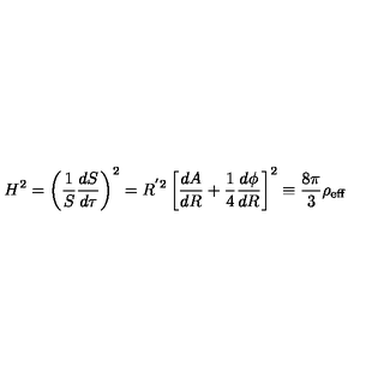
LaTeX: H ^ { 2 } = \left( \frac { 1 } { S } \frac { d S } { d \tau } \right) ^ { 2 } = R ^ { ' 2 } \left[ \frac { d A } { d R } + \frac { 1 } { 4 } \frac { d \phi } { d R } \right] ^ { 2 } \equiv \frac { 8 \pi } { 3 } \rho _ { \mathrm { e f f } }